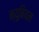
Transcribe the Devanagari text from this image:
न्युबियन